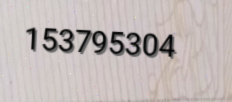
153795304